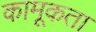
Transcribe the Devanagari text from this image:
कामूकता